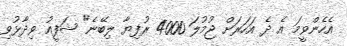
އެހެންވީމަ އެ ދެ އަހަރަށް ޖުމުލަ 4000 ރުފިޔާ ލިބޭނެ" ޝަފީއު ވިދާޅުވި